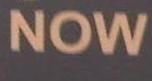
now